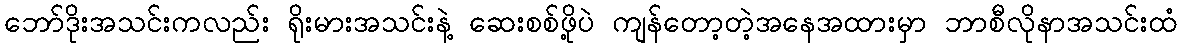
ဘော်ဒိုးအသင်းကလည်း ရိုးမားအသင်းနဲ့ ဆေးစစ်ဖို့ပဲ ကျန်တော့တဲ့အနေအထားမှာ ဘာစီလိုနာအသင်းထံ